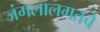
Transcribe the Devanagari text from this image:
जंगलालगतचे